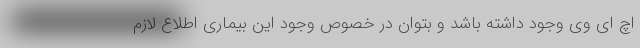
اچ ای وی وجود داشته باشد و بتوان در خصوص وجود این بیماری اطلاع لازم